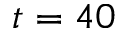
t = 4 0